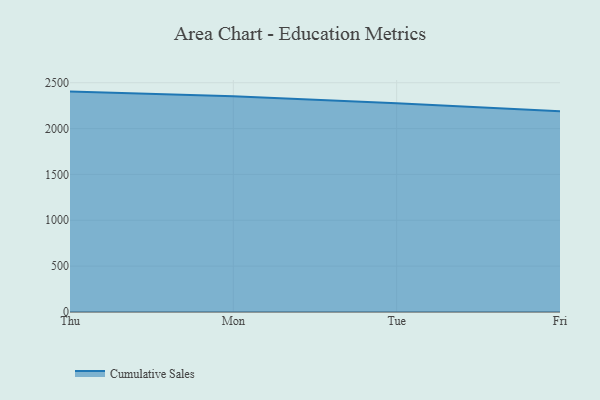
{"axis": {"x": "Day", "y": "Waste Production (Tons)"}, "legend": ["Cumulative Sales"], "data": [{"x": "Thu", "y": 2403.2, "type": "Cumulative Sales"}, {"x": "Mon", "y": 2353.0, "type": "Cumulative Sales"}, {"x": "Tue", "y": 2275.7, "type": "Cumulative Sales"}, {"x": "Fri", "y": 2190.1, "type": "Cumulative Sales"}]}